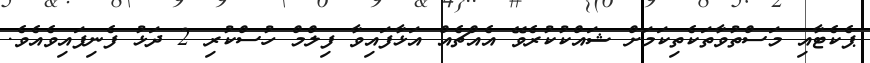
ޕެކެޓާއި މަސްތުވާތަކެތިކަމަށް ޝައްކުކުރެވޭ އެއްޗެއް އަޅާފައިވާ ފިލްމް ހުސްކުރި 2 ދަޅު ފެނިފައިވެއެވެ.